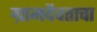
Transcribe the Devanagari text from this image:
ग्रामदैवताचा